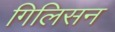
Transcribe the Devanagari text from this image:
गिलिसन